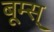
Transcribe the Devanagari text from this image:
बूम्स्